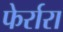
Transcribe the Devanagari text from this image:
फेर्रारा